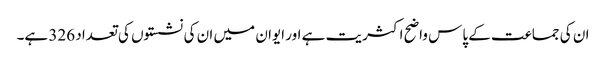
ان کی جماعت کے پاس واضح اکثریت ہے اور ایوان میں ان کی نشستوں کی تعداد 326 ہے۔